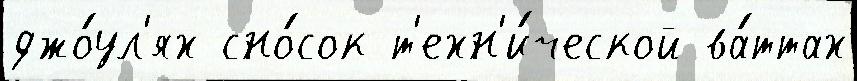
джо́ул'ях сно́сок т'ехн'и́ческой ва́ттах